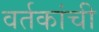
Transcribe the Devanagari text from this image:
वर्तकांची